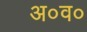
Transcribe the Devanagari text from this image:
अ०व०